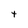
Character: t